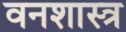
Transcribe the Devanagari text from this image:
वनशास्त्र